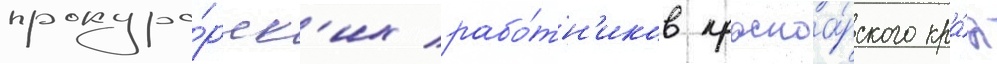
прокуро́рск'их рабо́тн'иков красноа́рского кра́я